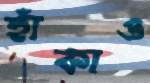
হাঁকাও